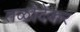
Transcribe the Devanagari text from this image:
तळोदेकर